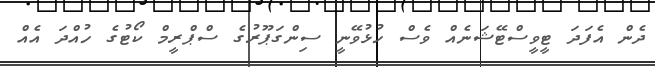
ދެން އެފަދަ ޓީވީސްޓޭޝަނެއް ވެސް ހުޅުވޭނީ ސިންގަޕޫރުގެ ސްޕްރީމް ކޯޓުގެ ހުއްދަ އެއް